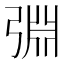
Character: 𢏮